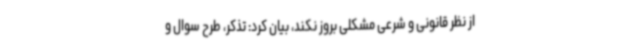
از نظر قانونی و شرعی مشکلی بروز نکند، بیان کرد: تذکر، طرح سوال و